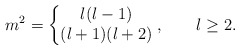
\begin{align*}m^2 = \left\{\begin{matrix}l(l-1)\\(l+1)(l+2)\end{matrix}\right. , \qquad l \ge 2.\end{align*}